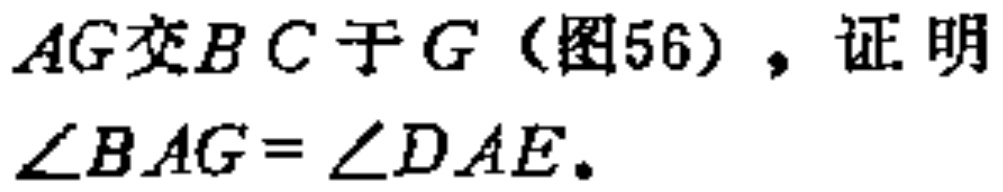
$AG交BC于G（图56），证明\angle BAG = \angle DAE。$